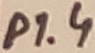
Text: P1.4